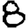
Digit: 8